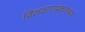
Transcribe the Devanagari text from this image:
विलक्षणप्रकारच्या